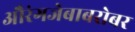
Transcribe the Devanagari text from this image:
औरंगजेबाबरोबर